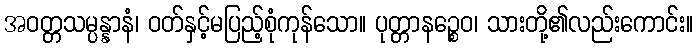
အဝတ္တသမ္ပန္နာနံ၊ ဝတ်နှင့်မပြည့်စုံကုန်သော။ ပုတ္တာနဉ္စေဝ၊ သားတို့၏လည်းကောင်း။